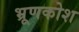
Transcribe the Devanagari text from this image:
भ्रूणकोश